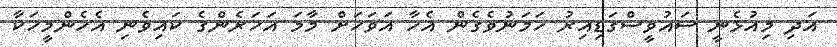
އަދި މިއުޅެނީ ސައުވީސްގަޑިއިރު ހަމަނުވެގެން އެހާ އަވަހަށް މާމަ އަހަރެންގެ ކައިވެނި އެހެންމީހަކާ